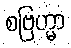
စဗြဟ္မာ